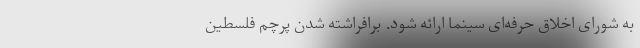
به شورای اخلاق حرفه‌ای سینما ارائه شود. برافراشته شدن پرچم فلسطین